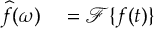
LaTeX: \begin{array} { r l } { { \widehat { f } } ( \omega ) } & { { } = { \mathcal { F } } \{ f ( t ) \} } \end{array}